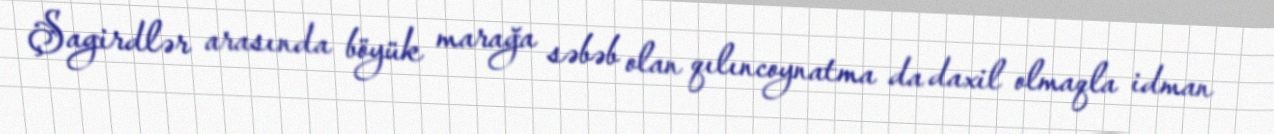
Şagirdlər arasında böyük marağa səbəb olan qılıncoynatma da daxil olmaqla idman